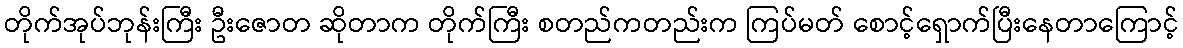
တိုက်အုပ်ဘုန်းကြီး ဦးဇောတ ဆိုတာက တိုက်ကြီး စတည်ကတည်းက ကြပ်မတ် စောင့်ရှောက်ပြီးနေတာကြောင့်